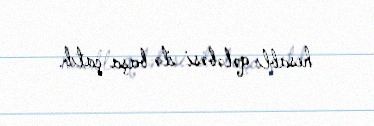
hesablı qələbəsi ilə başa çatıb.